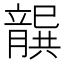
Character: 𭘐